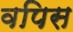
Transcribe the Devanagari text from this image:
वपिस